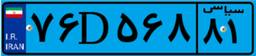
۳۵D۹۱۴۴۱